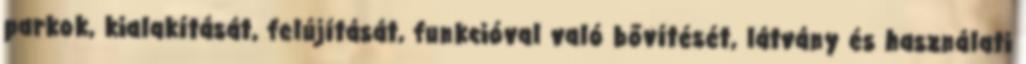
parkok, kialakítását, felújítását, funkcióval való bővítését, látvány és használati